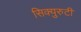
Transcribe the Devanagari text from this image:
सिक्युरुटी